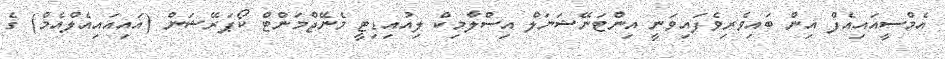
އެމްސީއައިއެފް އިން ބައިވެރިވެފައިވަނީ އިންޓަނޭޝަނަލް އިސްލާމިކް ލިއުއިޑިޓީ މެނޭޖްމަންޓް ކޯޕަރޭޝަން (އައިއައިއެލްއެމް) ގެ